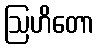
ဩဟိတော